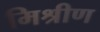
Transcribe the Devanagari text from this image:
मिश्रीण